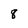
Character: 8